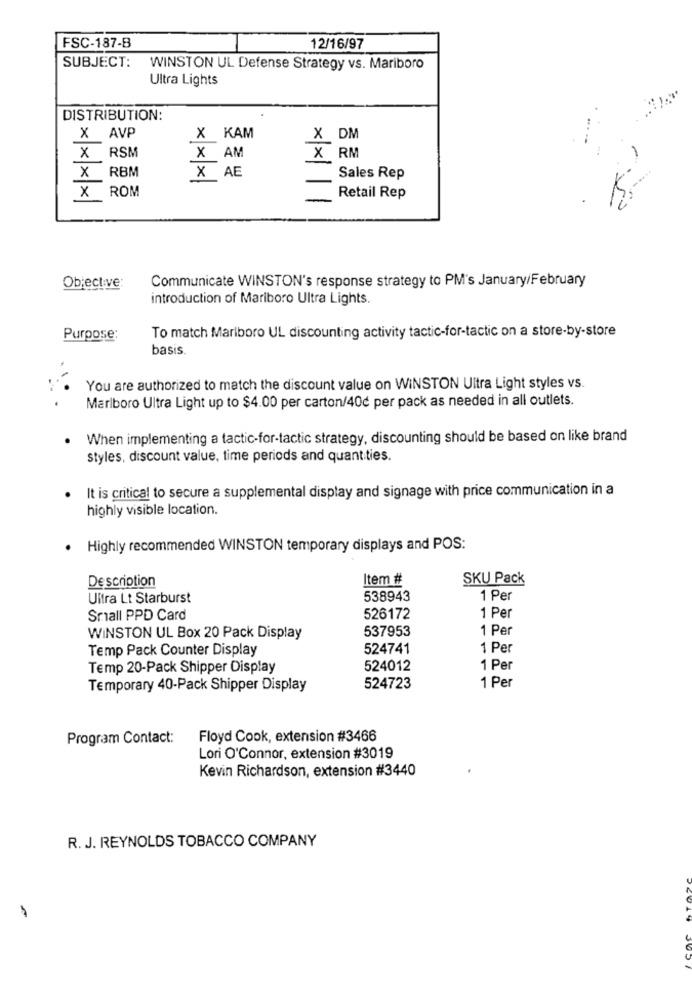
FSC-187-B
12/16/97
SUBJECT:
WINSTON UL Defense Strategy vs. Mariboro
Ultra Lights
DISTRIBUTION:
AVP
×
X KAM
X DM
x
RSM
X AM
X RM
RBM
X AE
x
Sales Rep
x
ROM
Retail Rep
Objective:
Communicate WINSTON's response strategy to PM's January/February
introduction of Mariboro Ultra Lights.
Purpose:
To match Marlboro UL discounting activity tactic-for-tactic on a store-by-store
basis.
You are authorized to match the discount value on WINSTON Ultra Light styles vs.
Marlboro Ultra Light up to $4.00 per carton/40 per pack as needed in all outlets.
When implementing a tactic-for-tactic strategy, discounting should be based on like brand
styles, discount value, time periods and quantities.
It is critical to secure a supplemental display and signage with price communication in a
highly visible location.
·
Highly recommended WINSTON temporary displays and POS:
Description
Item #
SKU Pack
Ultra Lt Starburst
538943
1 Per
Small PPD Card
526172
1 Per
537953
1 Per
WINSTON UL Box 20 Pack Display
Temp Pack Counter Display
524741
1 Per
Temp 20-Pack Shipper Display
524012
1 Per
Temporary 40-Pack Shipper Display
524723
1 Per
Program Contact:
Floyd Cook, extension #3466
Lori O'Connor, extension #3019
Kevin Richardson, extension #3440
R. J. REYNOLDS TOBACCO COMPANY